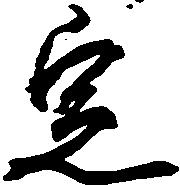
定